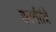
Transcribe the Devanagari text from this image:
कार्यतंत्रे